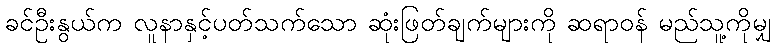
ခင်ဦးနွယ်က လူနာနှင့်ပတ်သက်သော ဆုံးဖြတ်ချက်များကို ဆရာဝန် မည်သူ့ကိုမျှ